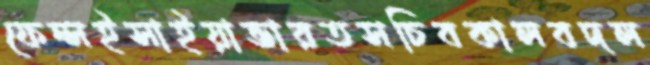
ফেন্সইসাইয়াভারতসচিবকালবদল